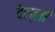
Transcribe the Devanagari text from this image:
देल्ली